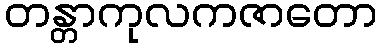
တန္တာကုလကဇာတော